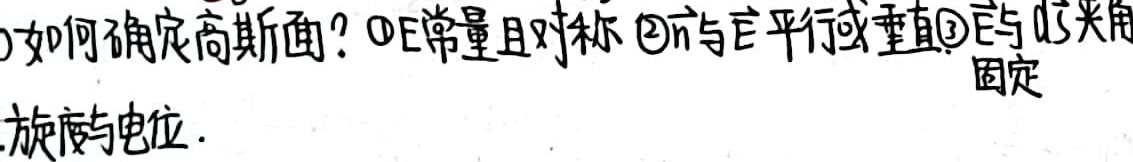
如何确定高斯面？\textcircled{1}E常量且对称 \textcircled{2}$\vec{n}$与$\vec{E}$平行或垂直 \textcircled{3}$\vec{E}$与$d\vec{S}$夹角固定
.旋度与电位.